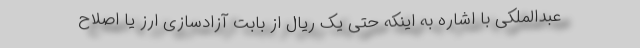
عبدالملکی با اشاره به اینکه حتی یک ریال از بابت آزادسازی ارز یا اصلاح